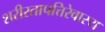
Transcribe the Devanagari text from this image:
शरीरतापत्तिरेवास्य